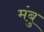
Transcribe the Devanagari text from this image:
मंबु